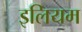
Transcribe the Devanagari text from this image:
इलियम